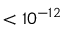
< 1 0 ^ { - 1 2 }